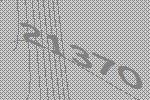
21370